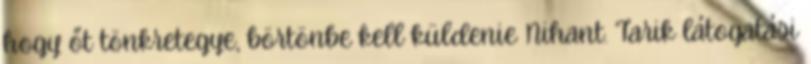
hogy őt tönkretegye, börtönbe kell küldenie Nihant. Tarik látogatási